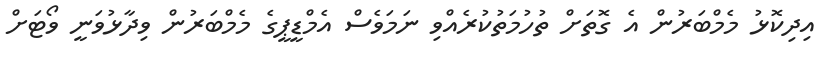
އިދިކޮޅު މެމްބަރުން އެ ގޮތަށް ތުހުމަތުކުރެއްވި ނަމަވެސް އެމްޑީޕީގެ މެމްބަރުން ވިދާޅުވަނީ ވޯޓަށް